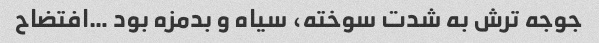
جوجه ترش به شدت سوخته، سیاه و بدمزه بود …افتضاح